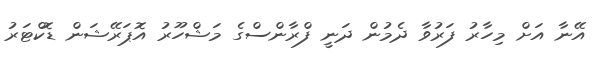
އޭނާ އަށް މިހާރު ފަރުވާ ދެމުން ދަނީ ފްރާންސްގެ މަޝްހޫރު އޮޕަރޭޝަން ޑޮކްޓަރު